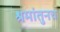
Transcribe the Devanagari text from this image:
श्रमांतुनच